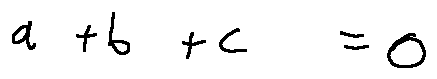
a + b + c = 0